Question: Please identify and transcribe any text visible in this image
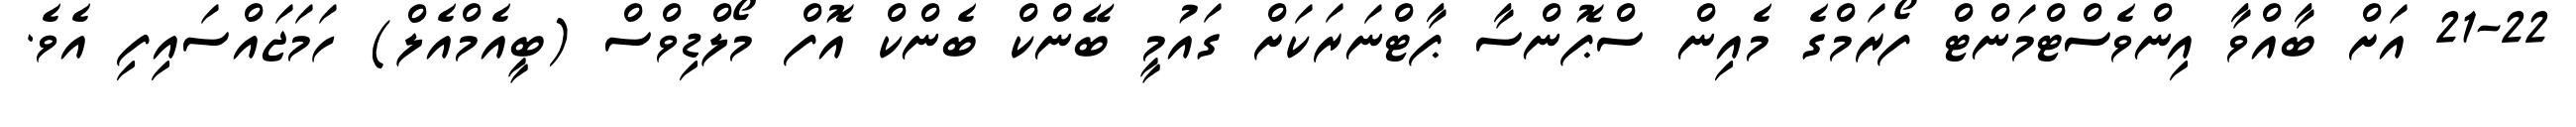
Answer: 21-22 އަށް ބާއްވާ އިންވެސްޓްމަންޓް ފޯރަމްގެ މެއިން ސްޕޮންސާ ޕާޓްނަރަކަށް ގައުމީ ބޭންކް ބެންކް އޮފް މޯލްޑިވްސް (ބީއެމްއެލް) ހަމަޖައްސައިފި އެވެ.